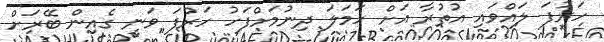
ހަރުފަ ލައްވައި އުތުރާ އަށް ހަމަލަ ދިނުމަށްފަހު ހަރުފަ ވަނީ ގެއިން ބޭރަށް